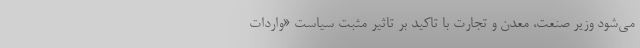
می‌شود وزیر صنعت، معدن و تجارت با تاکید بر تاثیر مثبت سیاست «واردات